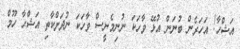
އަޝްހާ! އަހަރެން ބުނަން އުޅޭ ވާހަކަ ނުނިމެނީސް ވާހަކަ ނުދަށްކާތި އަޝްހާ ހޫމް